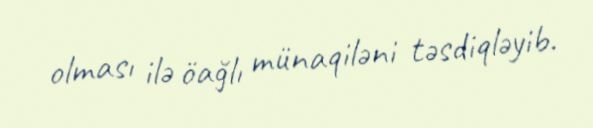
olması ilə öağlı münaqiləni təsdiqləyib.